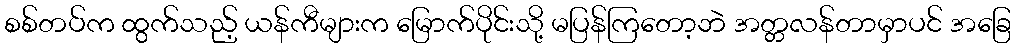
စစ်တပ်က ထွက်သည့် ယန်ကီများက မြောက်ပိုင်းသို့ မပြန်ကြတော့ဘဲ အတ္တလန်တာမှာပင် အခြေ